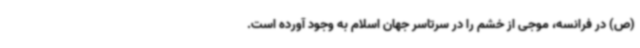
(ص) در فرانسه، موجی از خشم را در سرتاسر جهان اسلام به وجود آورده است.